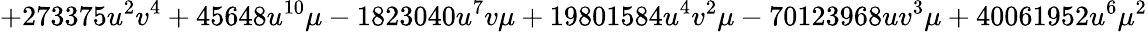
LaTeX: +273375u^{2}v^{4}+45648u^{10}\mu-1823040u^{7}v\mu+19801584u^{4}v^{2}\mu-70123968uv^{3}\mu+40061952u^{6}{\mu}^{2}